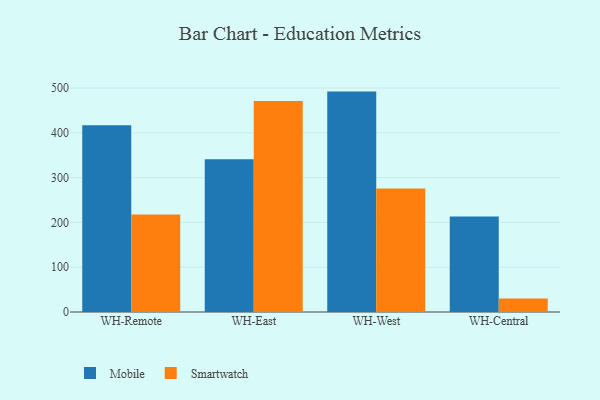
{"axis": {"x": "Warehouse", "y": "Satisfaction Score"}, "legend": ["Mobile", "Smartwatch"], "data": [{"x": "WH-Remote", "y": 416.9, "type": "Mobile"}, {"x": "WH-Remote", "y": 217.8, "type": "Smartwatch"}, {"x": "WH-East", "y": 340.9, "type": "Mobile"}, {"x": "WH-East", "y": 470.9, "type": "Smartwatch"}, {"x": "WH-West", "y": 492.1, "type": "Mobile"}, {"x": "WH-West", "y": 275.8, "type": "Smartwatch"}, {"x": "WH-Central", "y": 213.3, "type": "Mobile"}, {"x": "WH-Central", "y": 30.0, "type": "Smartwatch"}]}